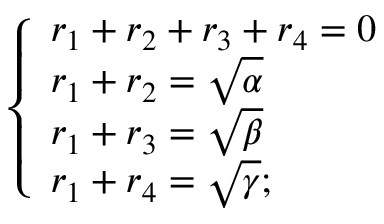
\left\{ { \begin{array} { l } { r _ { 1 } + r _ { 2 } + r _ { 3 } + r _ { 4 } = 0 } \\ { r _ { 1 } + r _ { 2 } = { \sqrt { \alpha } } } \\ { r _ { 1 } + r _ { 3 } = { \sqrt { \beta } } } \\ { r _ { 1 } + r _ { 4 } = { \sqrt { \gamma } } { \mathrm { ; } } } \end{array} } \right.